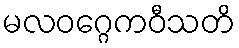
မလဝဂ္ဂေကဝီသတိ